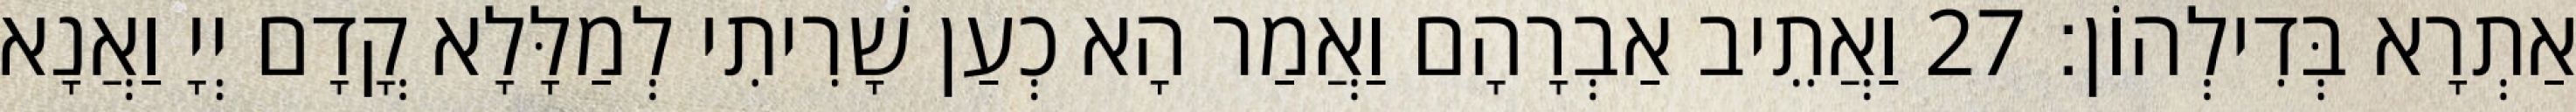
אַתְרָא בְּדִילְהוֹן׃ 27 וַאֲתֵיב אַבְרָהָם וַאֲמַר הָא כְעַן שָׁרִיתִי לְמַלָּלָא קֳדָם יְיָ וַאֲנָא